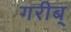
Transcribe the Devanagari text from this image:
गरीब्